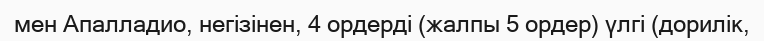
мен Апалладио, негізінен, 4 ордерді (жалпы 5 ордер) үлгі (дорилік,